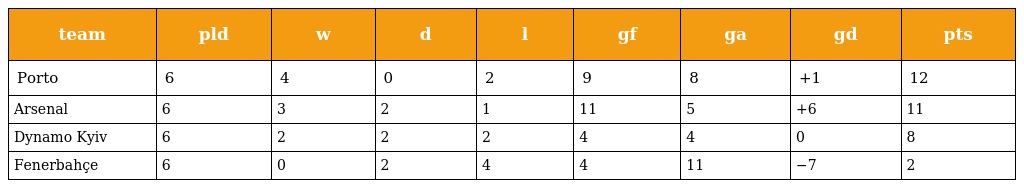
| team | pld | w | d | l | gf | ga | gd | pts |
 | --- | --- | --- | --- | --- | --- | --- | --- | --- |
 | Porto | 6 | 4 | 0 | 2 | 9 | 8 | +1 | 12 |
 | Arsenal | 6 | 3 | 2 | 1 | 11 | 5 | +6 | 11 |
 | Dynamo Kyiv | 6 | 2 | 2 | 2 | 4 | 4 | 0 | 8 |
 | Fenerbahçe | 6 | 0 | 2 | 4 | 4 | 11 | −7 | 2 |